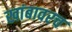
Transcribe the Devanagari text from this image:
खांबावरच